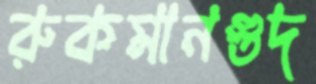
রুকমানগুদ